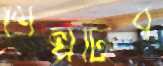
শিল্পটির